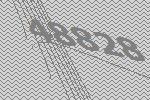
48828